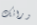
ورائك